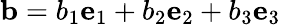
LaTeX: {\mathbf{b}}=b_{1}{\mathbf{e}}_{1}+b_{2}{\mathbf{e}}_{2}+b_{3}{\mathbf{e}}_{3}